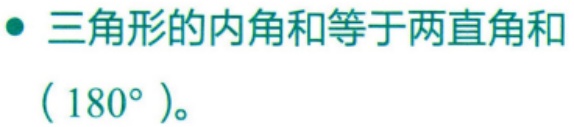
$\bullet$ 三角形的内角和等于两直角和（$180^{\circ}$）。